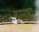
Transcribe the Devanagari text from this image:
हामझा